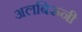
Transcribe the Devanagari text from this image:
अलबिरूनी